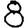
Digit: 8